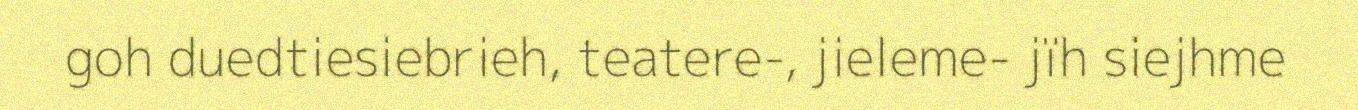
goh duedtiesiebrieh, teatere-, jieleme- jïh siejhme